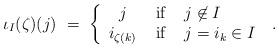
LaTeX: \begin{align*} \iota_I(\zeta) (j)\ =\ \left\{ \begin{array}{ccl} j&\mbox{ if }&j\not\in I\\ i_{\zeta(k)}&\mbox{ if }&j=i_k\in I \end{array}\right.\ .\end{align*}